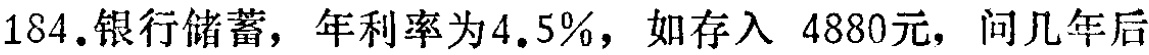
184.银行储蓄，年利率为4.5%，如存入 4880元，问几年后